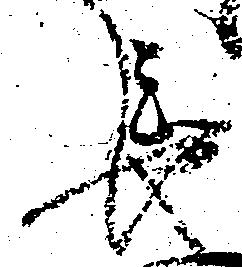
長